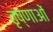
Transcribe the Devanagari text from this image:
तृष्णाओं